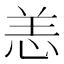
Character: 恙